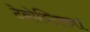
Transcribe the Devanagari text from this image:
टेनोच्टिलन।